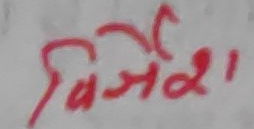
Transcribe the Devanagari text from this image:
विजेश